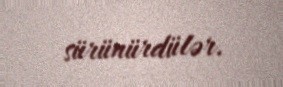
sürünürdülər.